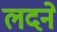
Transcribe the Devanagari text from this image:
लदने